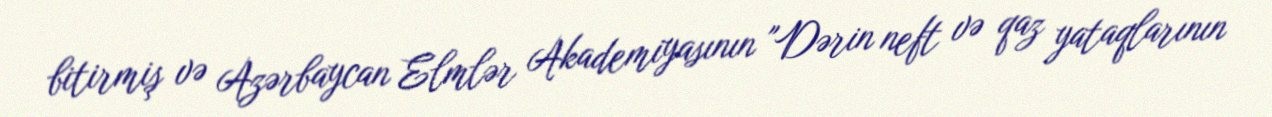
bitirmiş və Azərbaycan Elmlər Akademiyasının "Dərin neft və qaz yataqlarının